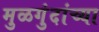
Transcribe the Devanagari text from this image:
मुळगुंदांच्या